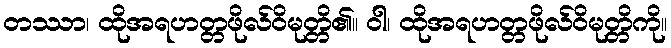
တဿာ၊ ထိုအရဟတ္တဖိုလ်ဝိမုတ္တိ၏။ ဝါ၊ ထိုအရဟတ္တဖိုလ်ဝိမုတ္တိကို။